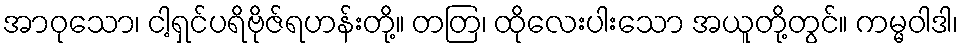
အာဝုသော၊ ငါ့ရှင်ပရိဗိုဇ်ရဟန်းတို့။ တတြ၊ ထိုလေးပါးသော အယူတို့တွင်။ ကမ္မဝါဒါ၊